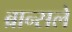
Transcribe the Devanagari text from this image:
ब्रान्सले